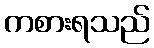
ကစားရသည်